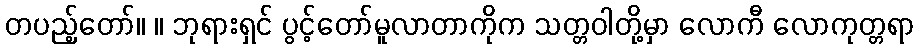
တပည့်တော်။ ။ ဘုရားရှင် ပွင့်တော်မူလာတာကိုက သတ္တဝါတို့မှာ လောကီ လောကုတ္တရာ